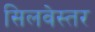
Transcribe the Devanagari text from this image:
सिलवेस्तर